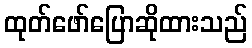
ထုတ်ဖော်ပြောဆိုထားသည်